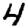
Digit: 4